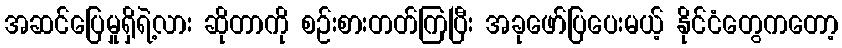
အဆင်ပြေမှုရှိရဲ့လား ဆိုတာကို စဉ်းစားတတ်ကြပြီး အခုဖော်ပြပေးမယ့် နိုင်ငံတွေကတော့